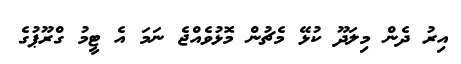
އިރު ދެން މިލަދޫ ކުޅޭ މެޗުން މޮޅުވެއްޖެ ނަމަ އެ ޓީމު ގްރޫޕުގެ